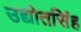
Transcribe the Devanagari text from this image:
उद्योतसिंह